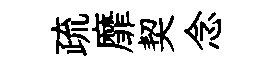
疏靡契念